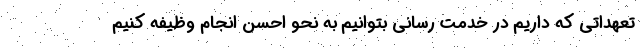
تعهداتی که داریم در خدمت رسانی بتوانیم به نحو احسن انجام وظیفه کنیم